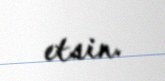
etsin.